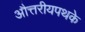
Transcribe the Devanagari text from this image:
औत्तरीयपथके